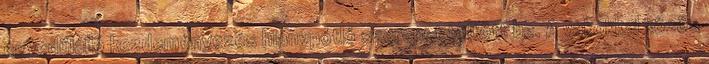
egyedülálló kezdeményezés hiánypótló szerepet töltött be. A vakokkal közös